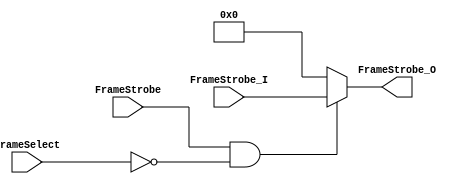
// SPDX-FileCopyrightText: 
// 2021 Nguyen Dao
//
// Licensed under the Apache License, Version 2.0 (the "License");
// you may not use this file except in compliance with the License.
// You may obtain a copy of the License at
//
//      http://www.apache.org/licenses/LICENSE-2.0
//
// Unless required by applicable law or agreed to in writing, software
// distributed under the License is distributed on an "AS IS" BASIS,
// WITHOUT WARRANTIES OR CONDITIONS OF ANY KIND, either express or implied.
// See the License for the specific language governing permissions and
// limitations under the License.
//
// SPDX-License-Identifier: Apache-2.0
module Frame_Select_0 (FrameStrobe_I, FrameStrobe_O, FrameSelect, FrameStrobe);
	parameter MaxFramesPerCol = 20;
	parameter FrameSelectWidth = 5;
	parameter Col = 0;
	input [MaxFramesPerCol-1:0] FrameStrobe_I;
	output reg [MaxFramesPerCol-1:0] FrameStrobe_O;
	input [FrameSelectWidth-1:0] FrameSelect;
	input FrameStrobe;

//FrameStrobe_O = 0;
	always @ (*) begin
		if (FrameStrobe && (FrameSelect==Col)) 
			FrameStrobe_O =  FrameStrobe_I;
		else
			FrameStrobe_O = 'd0;
	end
endmodule

module Frame_Select_1 (FrameStrobe_I, FrameStrobe_O, FrameSelect, FrameStrobe);
	parameter MaxFramesPerCol = 20;
	parameter FrameSelectWidth = 5;
	parameter Col = 1;
	input [MaxFramesPerCol-1:0] FrameStrobe_I;
	output reg [MaxFramesPerCol-1:0] FrameStrobe_O;
	input [FrameSelectWidth-1:0] FrameSelect;
	input FrameStrobe;

//FrameStrobe_O = 0;
	always @ (*) begin
		if (FrameStrobe && (FrameSelect==Col)) 
			FrameStrobe_O =  FrameStrobe_I;
		else
			FrameStrobe_O = 'd0;
	end
endmodule

module Frame_Select_2 (FrameStrobe_I, FrameStrobe_O, FrameSelect, FrameStrobe);
	parameter MaxFramesPerCol = 20;
	parameter FrameSelectWidth = 5;
	parameter Col = 2;
	input [MaxFramesPerCol-1:0] FrameStrobe_I;
	output reg [MaxFramesPerCol-1:0] FrameStrobe_O;
	input [FrameSelectWidth-1:0] FrameSelect;
	input FrameStrobe;

//FrameStrobe_O = 0;
	always @ (*) begin
		if (FrameStrobe && (FrameSelect==Col)) 
			FrameStrobe_O =  FrameStrobe_I;
		else
			FrameStrobe_O = 'd0;
	end
endmodule

module Frame_Select_3 (FrameStrobe_I, FrameStrobe_O, FrameSelect, FrameStrobe);
	parameter MaxFramesPerCol = 20;
	parameter FrameSelectWidth = 5;
	parameter Col = 3;
	input [MaxFramesPerCol-1:0] FrameStrobe_I;
	output reg [MaxFramesPerCol-1:0] FrameStrobe_O;
	input [FrameSelectWidth-1:0] FrameSelect;
	input FrameStrobe;

//FrameStrobe_O = 0;
	always @ (*) begin
		if (FrameStrobe && (FrameSelect==Col)) 
			FrameStrobe_O =  FrameStrobe_I;
		else
			FrameStrobe_O = 'd0;
	end
endmodule

module Frame_Select_4 (FrameStrobe_I, FrameStrobe_O, FrameSelect, FrameStrobe);
	parameter MaxFramesPerCol = 20;
	parameter FrameSelectWidth = 5;
	parameter Col = 4;
	input [MaxFramesPerCol-1:0] FrameStrobe_I;
	output reg [MaxFramesPerCol-1:0] FrameStrobe_O;
	input [FrameSelectWidth-1:0] FrameSelect;
	input FrameStrobe;

//FrameStrobe_O = 0;
	always @ (*) begin
		if (FrameStrobe && (FrameSelect==Col)) 
			FrameStrobe_O =  FrameStrobe_I;
		else
			FrameStrobe_O = 'd0;
	end
endmodule

module Frame_Select_5 (FrameStrobe_I, FrameStrobe_O, FrameSelect, FrameStrobe);
	parameter MaxFramesPerCol = 20;
	parameter FrameSelectWidth = 5;
	parameter Col = 5;
	input [MaxFramesPerCol-1:0] FrameStrobe_I;
	output reg [MaxFramesPerCol-1:0] FrameStrobe_O;
	input [FrameSelectWidth-1:0] FrameSelect;
	input FrameStrobe;

//FrameStrobe_O = 0;
	always @ (*) begin
		if (FrameStrobe && (FrameSelect==Col)) 
			FrameStrobe_O =  FrameStrobe_I;
		else
			FrameStrobe_O = 'd0;
	end
endmodule

module Frame_Select_6 (FrameStrobe_I, FrameStrobe_O, FrameSelect, FrameStrobe);
	parameter MaxFramesPerCol = 20;
	parameter FrameSelectWidth = 5;
	parameter Col = 6;
	input [MaxFramesPerCol-1:0] FrameStrobe_I;
	output reg [MaxFramesPerCol-1:0] FrameStrobe_O;
	input [FrameSelectWidth-1:0] FrameSelect;
	input FrameStrobe;

//FrameStrobe_O = 0;
	always @ (*) begin
		if (FrameStrobe && (FrameSelect==Col)) 
			FrameStrobe_O =  FrameStrobe_I;
		else
			FrameStrobe_O = 'd0;
	end
endmodule

module Frame_Select_7 (FrameStrobe_I, FrameStrobe_O, FrameSelect, FrameStrobe);
	parameter MaxFramesPerCol = 20;
	parameter FrameSelectWidth = 5;
	parameter Col = 7;
	input [MaxFramesPerCol-1:0] FrameStrobe_I;
	output reg [MaxFramesPerCol-1:0] FrameStrobe_O;
	input [FrameSelectWidth-1:0] FrameSelect;
	input FrameStrobe;

//FrameStrobe_O = 0;
	always @ (*) begin
		if (FrameStrobe && (FrameSelect==Col)) 
			FrameStrobe_O =  FrameStrobe_I;
		else
			FrameStrobe_O = 'd0;
	end
endmodule

module Frame_Select_8 (FrameStrobe_I, FrameStrobe_O, FrameSelect, FrameStrobe);
	parameter MaxFramesPerCol = 20;
	parameter FrameSelectWidth = 5;
	parameter Col = 8;
	input [MaxFramesPerCol-1:0] FrameStrobe_I;
	output reg [MaxFramesPerCol-1:0] FrameStrobe_O;
	input [FrameSelectWidth-1:0] FrameSelect;
	input FrameStrobe;

//FrameStrobe_O = 0;
	always @ (*) begin
		if (FrameStrobe && (FrameSelect==Col)) 
			FrameStrobe_O =  FrameStrobe_I;
		else
			FrameStrobe_O = 'd0;
	end
endmodule

module Frame_Select_9 (FrameStrobe_I, FrameStrobe_O, FrameSelect, FrameStrobe);
	parameter MaxFramesPerCol = 20;
	parameter FrameSelectWidth = 5;
	parameter Col = 9;
	input [MaxFramesPerCol-1:0] FrameStrobe_I;
	output reg [MaxFramesPerCol-1:0] FrameStrobe_O;
	input [FrameSelectWidth-1:0] FrameSelect;
	input FrameStrobe;

//FrameStrobe_O = 0;
	always @ (*) begin
		if (FrameStrobe && (FrameSelect==Col)) 
			FrameStrobe_O =  FrameStrobe_I;
		else
			FrameStrobe_O = 'd0;
	end
endmodule

module Frame_Select_10 (FrameStrobe_I, FrameStrobe_O, FrameSelect, FrameStrobe);
	parameter MaxFramesPerCol = 20;
	parameter FrameSelectWidth = 5;
	parameter Col = 10;
	input [MaxFramesPerCol-1:0] FrameStrobe_I;
	output reg [MaxFramesPerCol-1:0] FrameStrobe_O;
	input [FrameSelectWidth-1:0] FrameSelect;
	input FrameStrobe;

//FrameStrobe_O = 0;
	always @ (*) begin
		if (FrameStrobe && (FrameSelect==Col)) 
			FrameStrobe_O =  FrameStrobe_I;
		else
			FrameStrobe_O = 'd0;
	end
endmodule

module Frame_Select_11 (FrameStrobe_I, FrameStrobe_O, FrameSelect, FrameStrobe);
	parameter MaxFramesPerCol = 20;
	parameter FrameSelectWidth = 5;
	parameter Col = 11;
	input [MaxFramesPerCol-1:0] FrameStrobe_I;
	output reg [MaxFramesPerCol-1:0] FrameStrobe_O;
	input [FrameSelectWidth-1:0] FrameSelect;
	input FrameStrobe;

//FrameStrobe_O = 0;
	always @ (*) begin
		if (FrameStrobe && (FrameSelect==Col)) 
			FrameStrobe_O =  FrameStrobe_I;
		else
			FrameStrobe_O = 'd0;
	end
endmodule

module Frame_Select_12 (FrameStrobe_I, FrameStrobe_O, FrameSelect, FrameStrobe);
	parameter MaxFramesPerCol = 20;
	parameter FrameSelectWidth = 5;
	parameter Col = 12;
	input [MaxFramesPerCol-1:0] FrameStrobe_I;
	output reg [MaxFramesPerCol-1:0] FrameStrobe_O;
	input [FrameSelectWidth-1:0] FrameSelect;
	input FrameStrobe;

//FrameStrobe_O = 0;
	always @ (*) begin
		if (FrameStrobe && (FrameSelect==Col)) 
			FrameStrobe_O =  FrameStrobe_I;
		else
			FrameStrobe_O = 'd0;
	end
endmodule

module Frame_Select_13 (FrameStrobe_I, FrameStrobe_O, FrameSelect, FrameStrobe);
	parameter MaxFramesPerCol = 20;
	parameter FrameSelectWidth = 5;
	parameter Col = 13;
	input [MaxFramesPerCol-1:0] FrameStrobe_I;
	output reg [MaxFramesPerCol-1:0] FrameStrobe_O;
	input [FrameSelectWidth-1:0] FrameSelect;
	input FrameStrobe;

//FrameStrobe_O = 0;
	always @ (*) begin
		if (FrameStrobe && (FrameSelect==Col)) 
			FrameStrobe_O =  FrameStrobe_I;
		else
			FrameStrobe_O = 'd0;
	end
endmodule

module Frame_Select_14 (FrameStrobe_I, FrameStrobe_O, FrameSelect, FrameStrobe);
	parameter MaxFramesPerCol = 20;
	parameter FrameSelectWidth = 5;
	parameter Col = 14;
	input [MaxFramesPerCol-1:0] FrameStrobe_I;
	output reg [MaxFramesPerCol-1:0] FrameStrobe_O;
	input [FrameSelectWidth-1:0] FrameSelect;
	input FrameStrobe;

//FrameStrobe_O = 0;
	always @ (*) begin
		if (FrameStrobe && (FrameSelect==Col)) 
			FrameStrobe_O =  FrameStrobe_I;
		else
			FrameStrobe_O = 'd0;
	end
endmodule